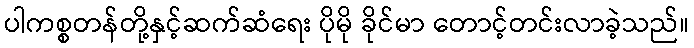
ပါကစ္စတန်တို့နှင့်ဆက်ဆံရေး ပိုမို ခိုင်မာ တောင့်တင်းလာခဲ့သည်။